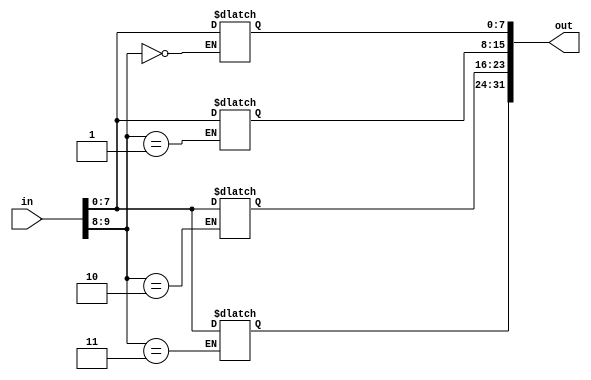
module ten_to_thirtytwo_switches(in, out);
	input [9:0] in;
	output reg [31:0] out;
	
	always @(in) begin
		case(in[9:8])
			2'b00: out[ 7: 0] <= in[7:0];
			2'b01: out[15: 8] <= in[7:0];
			2'b10: out[23:16] <= in[7:0];
			2'b11: out[31:24] <= in[7:0];
		endcase
	end
endmodule